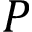
P